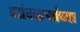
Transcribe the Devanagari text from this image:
गांवकऱ्यांच्या